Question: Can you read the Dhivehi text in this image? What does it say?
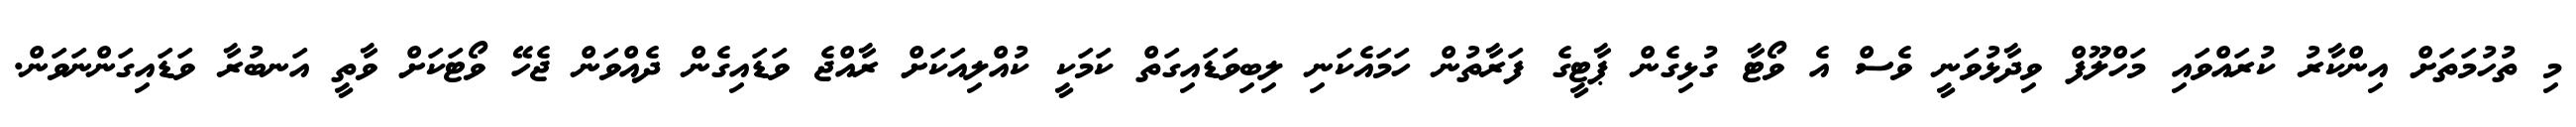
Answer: މި ތުހުމަތަށް އިންކާރު ކުރައްވައި މަހްލޫފް ވިދާޅުވަނީ ވެސް އެ ވޯޓާ ގުޅިގެން ޕާޓީގެ ފަރާތުން ހަމައެކަނި ލިބިވަޑައިގަތް ކަމަކީ ކުއްލިއަކަށް ރާއްޖެ ވަޑައިގެން ދެއްވަން ޖެހޭ ވޯޓަކަށް ވާތީ އަނބުރާ ވަޑައިގަންނަވަން.